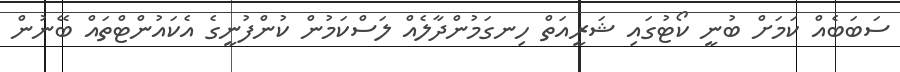
ސަބަބެއް ކަމަށް ބުނީ ކޯޓުގައި ޝަރީއަތް ހިނގަމުންދާލެއް ލަސްކަމުން ކުންފުނީގެ އެކައުންޓްތައް ބޭނުން